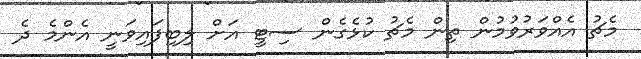
މެޗު އެއްވަރުވުމުން ތިން މެޗު ކުޅެގެން ސިޓީ އަށް ލިބިފައިވަނީ އެންމެ ދެ